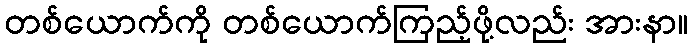
တစ်ယောက်ကို တစ်ယောက်ကြည့်ဖို့လည်း အားနာ။